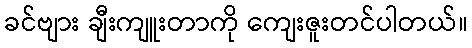
ခင်ဗျား ချီးကျူးတာကို ကျေးဇူးတင်ပါတယ်။